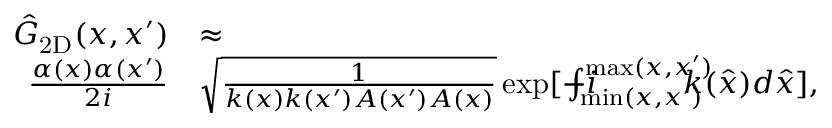
\begin{array} { r l } { \hat { G } _ { \mathrm { 2 D } } ( x , x ^ { \prime } ) } & { \approx } \\ { \frac { \alpha ( x ) \alpha ( x ^ { \prime } ) } { 2 i } } & { \sqrt { \frac { 1 } { k ( x ) k ( x ^ { \prime } ) A ( x ^ { \prime } ) A ( x ) } } \exp [ - i \! \! \! \! \! \! \! \int _ { \operatorname* { m i n } ( x , x ^ { \prime } ) } ^ { \operatorname* { m a x } ( x , x ^ { \prime } ) } \! \! \! \! \! \! \! { k ( \hat { x } ) d \hat { x } } ] , } \end{array}